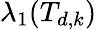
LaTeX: \lambda_{1}(T_{d,k})